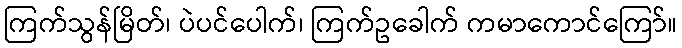
ကြက်သွန်မြိတ်၊ ပဲပင်ပေါက်၊ ကြက်ဥခေါက် ကမာကောင်ကြော်။